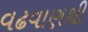
વઢવાણથી